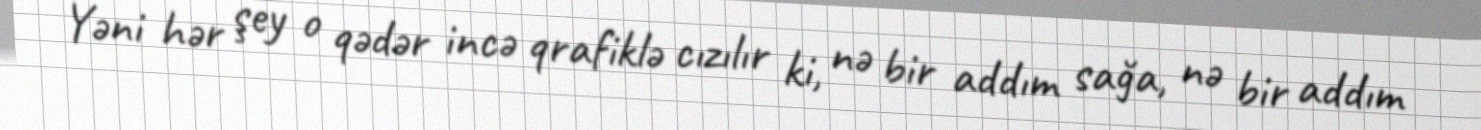
Yəni hər şey o qədər incə qrafiklə cızılır ki, nə bir addım sağa, nə bir addım